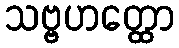
သဗ္ဗဟတ္ထော